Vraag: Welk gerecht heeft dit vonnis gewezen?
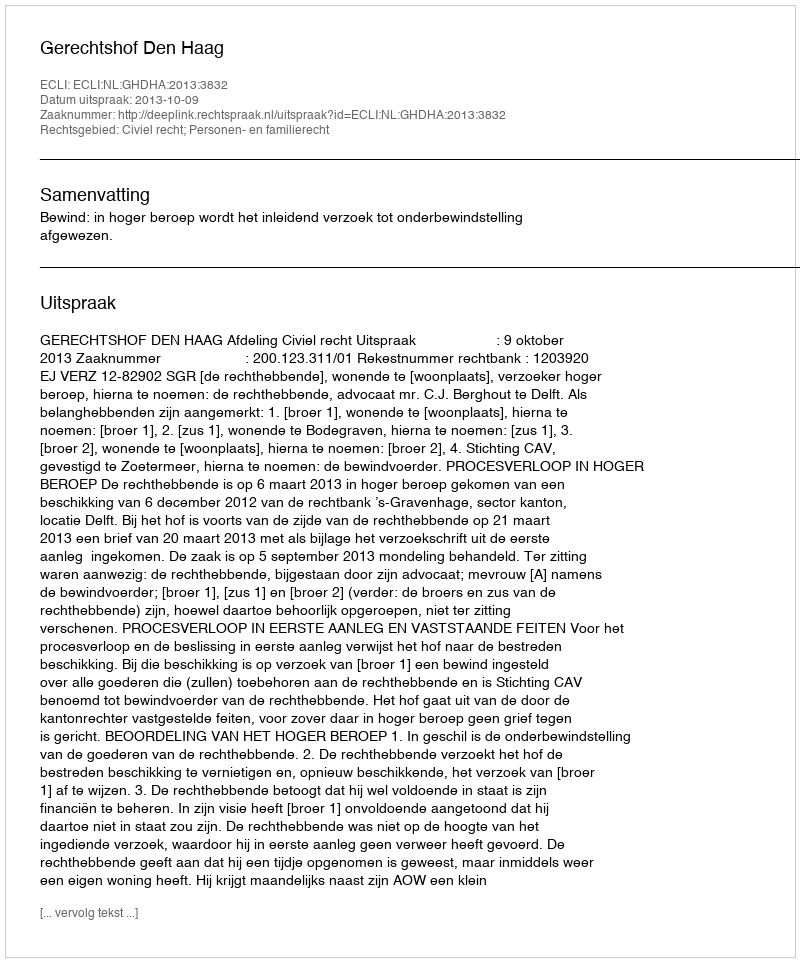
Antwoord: Gerechtshof Den Haag